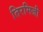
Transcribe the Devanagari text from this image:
तिरमिजी